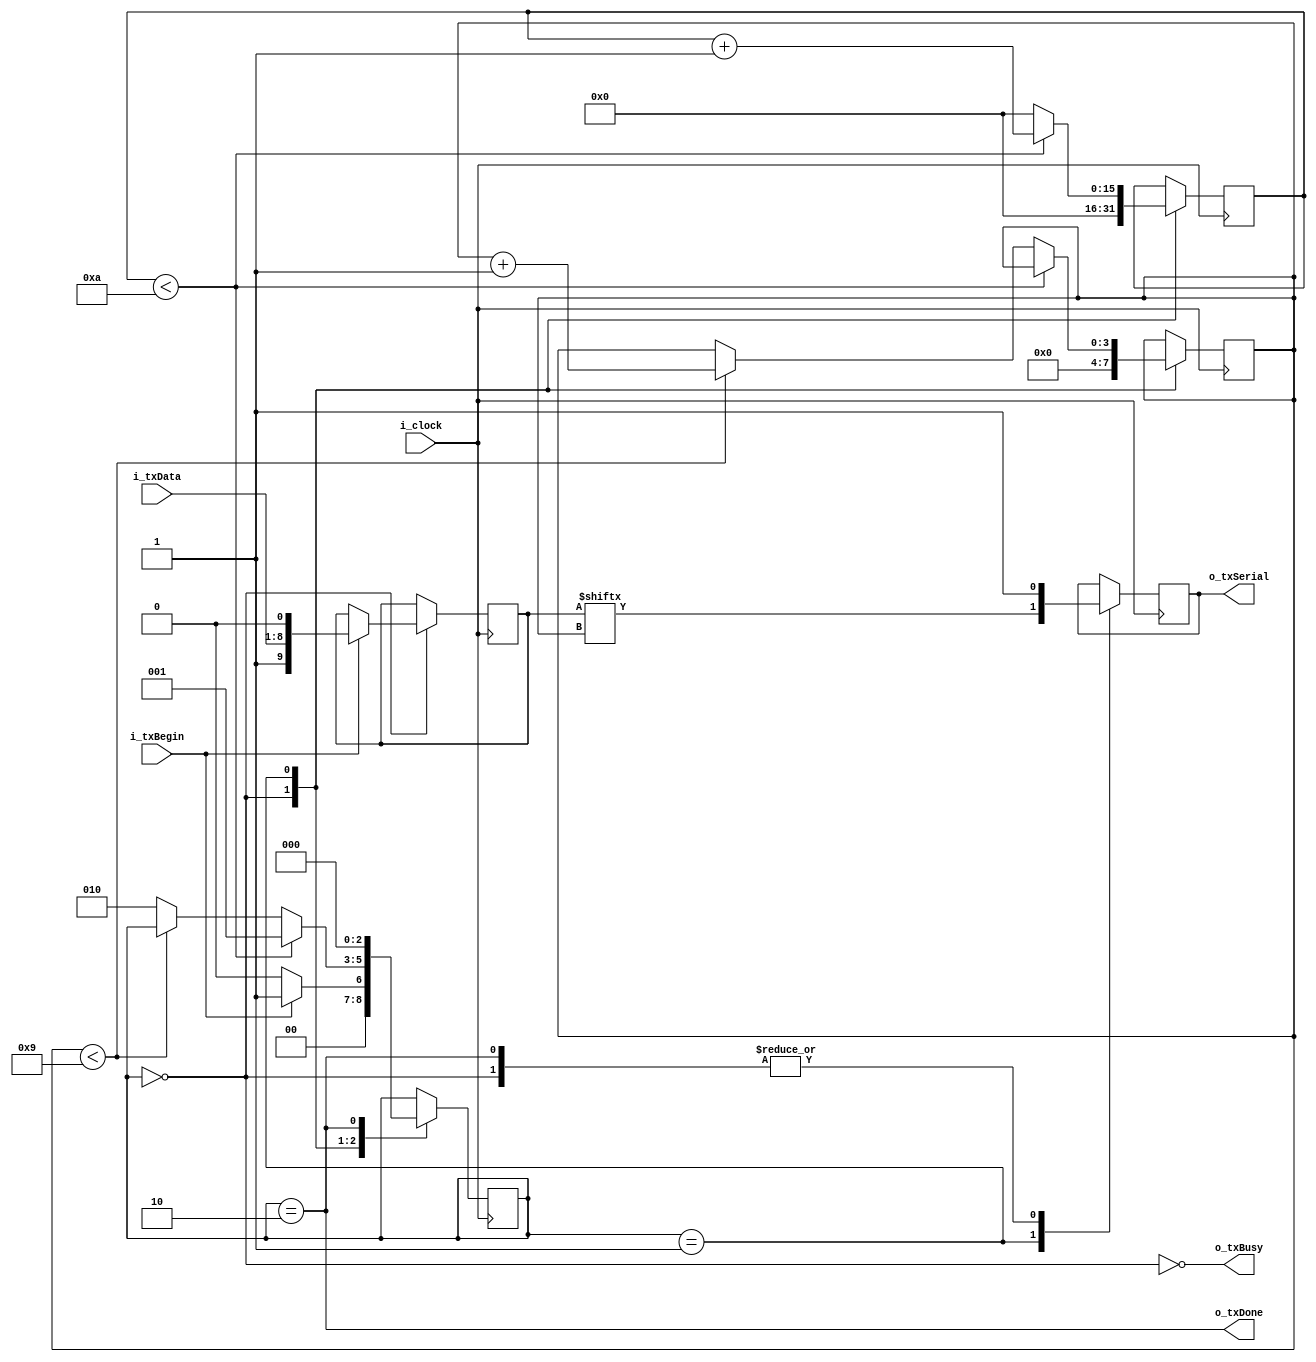
module uart_tx
(
	input			i_clock,
	input 			i_txBegin,
	input[7:0]		i_txData,
	output 			o_txBusy,
	output reg		o_txSerial,
	output 			o_txDone
);

parameter 		CLOCKS_PER_BIT = 10; 

//states for the state machine
parameter 		s_IDLE = 0;
parameter 		s_DATABITS = 1;
parameter 		s_DONE = 2;

reg[3:0]		r_bitCounter = 0; //which bit we're currently sending
reg[9:0]		r_txData = 0; //copy txData to this in case i_txData gets altered during sending
reg[2:0]		r_state = s_IDLE; 
reg[15:0] 		r_clockCounter = 0;

assign o_txBusy = !(r_state == s_IDLE); 
assign o_txDone = (r_state == s_DONE);
 
always @ (posedge i_clock)
begin
	case (r_state)
		s_IDLE:
		begin
			o_txSerial <= 1;
			r_bitCounter <= 0;
			r_clockCounter <= 0;
			if(i_txBegin == 1) //we have valid data to start sending
			begin
				r_txData <= {1'b1, i_txData[7:0], 1'b0}; //copy input data to local copy appending start/stop bits
				r_state <= s_DATABITS;
				r_bitCounter <= 0;
			end
			else
				r_state <= s_IDLE;
		end //case s_IDLE
				
		s_DATABITS:
		begin
			o_txSerial <= r_txData[r_bitCounter];
			if(r_clockCounter < CLOCKS_PER_BIT)
			begin
				//Wait until time for next bit
				r_state <= s_DATABITS;
				r_clockCounter <= r_clockCounter + 1;
			end
			else
			begin
				//we are done sending current bit
				if(r_bitCounter < 'd9)
				begin
					//send next bit
					r_bitCounter <= r_bitCounter + 1;
					r_clockCounter <= 0;
				end
				else
				begin
					//we have sent all our data
					r_state <= s_DONE;
					r_clockCounter <= 0;
				end
			end			
		end //case s_DATABITS
		
		s_DONE:
		begin
			//1 cycle delay in which o_txDone is high (set in assign statement at top)
			o_txSerial <= 1;
			r_state <= s_IDLE;
		end //case s_DONE
		
	endcase
end 	

endmodule